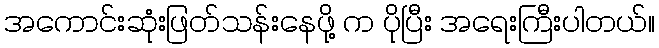
အကောင်းဆုံးဖြတ်သန်းနေဖို့ က ပိုပြီး အရေးကြီးပါတယ်။